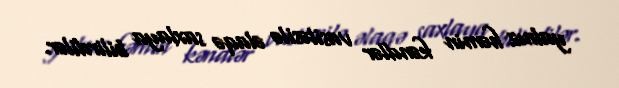
yalnız həmin kəndlər vasitəsilə əlaqə saxlaya bilirdilər.